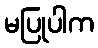
မပြုပါက